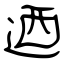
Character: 迺